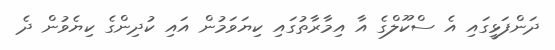
ދަންފަޅީގައި އެ ސްކޫލްގެ އާ އިމާރާތުގައި ކިޔަވަމުން އައި ކުދިންގެ ކިޔެވުން ދެ